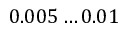
0 . 0 0 5 \dots 0 . 0 1 \